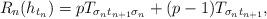
LaTeX: \begin{align*} R_n(h_{t_{n}}) = p T_{\sigma_{n}t_{n+1}\sigma_{n}}+ (p-1) T_{\sigma_{n}t_{n+1}}, \end{align*}